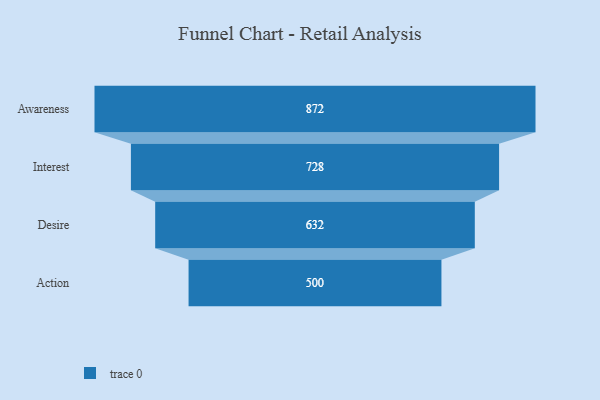
{"axis": {"x": "Stage", "y": "Value"}, "legend": [""], "data": [{"x": "Awareness", "y": 872.0, "type": ""}, {"x": "Interest", "y": 728.0, "type": ""}, {"x": "Desire", "y": 632.0, "type": ""}, {"x": "Action", "y": 500, "type": ""}]}